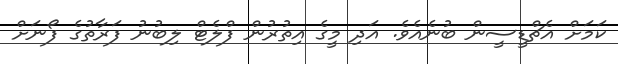
ކަމަށް އެޗްޑީސީން ބުނެއެވެ. އަދި މީގެ އިތުރުން ފްލެޓް ލިބުނު ފަރާތުގެ ފޯނަށް